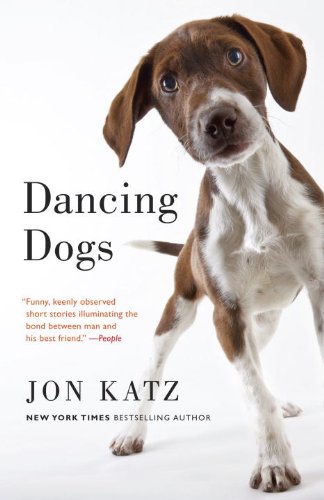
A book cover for Dancing Dogs: Stories; Jon Katz; Literature & Fiction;